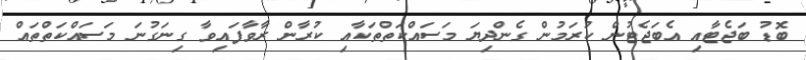
ބޮޑު ބަޖެޓާއި އެބަޖެޓުން ކުރަމުން ގެންދިޔަ މަސައްކަތްތަކާއި ކުރާން ރާވާފައިވާ ގިނަގުނަ މަސައްކަތްތައް